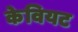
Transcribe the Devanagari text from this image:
केवियट